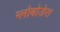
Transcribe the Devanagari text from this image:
ग्लोबोडेरा